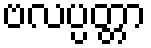
ဗလပ္ပတ္တာ